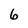
Character: 6